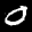
Label: 0